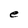
Character: e